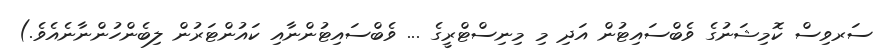
ސަރވިސް ކޮމިޝަނުގެ ވެބްސައިޓުން އަދި މި މިނިސްޓްރީގެ ... ވެބްސައިޓުންނާއި ކައުންޓަރުން ލިބެންހުންނާނެއެވެ.)